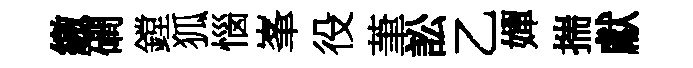
繳磵鏜狐惱峯役茟訟乙嬋揣獻